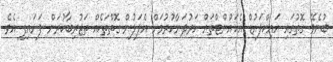
ބުނެވޭ ގޮތުގައި އައިކްލައުޑް އެކައުންޓްތައް ހަރުދަނާކުރުމަށް އެޕަލުން ގޮތްތަކެއް ތަޖުރިބާކުރަން ފަށައިފި އެވެ.